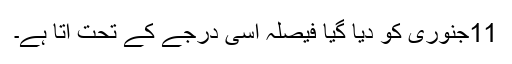
11جنوری کو دیا گیا فیصلہ اسی درجے کے تحت آتا ہے۔